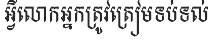
អ្វីលោកអ្នកត្រូវត្រៀមទប់ទល់